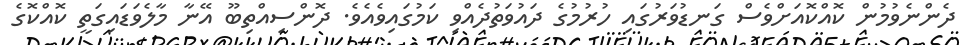
ދެންނެވުމުން ކޮއްކޮއަށްވެސް ގަނޑުވަރުގައި ހުރުމުގެ ދައުވަތުދެއްވި ކަމުގައިވެއެވެ. ދޮންސިއްތިބޫ އޭނާ މާލެވަޑައިގަތީ ކޮއްކޮގެ